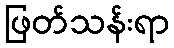
ဖြတ်သန်းရာ